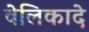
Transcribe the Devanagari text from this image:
वेलिकादे